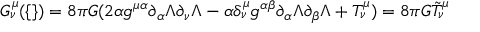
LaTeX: G _ { \nu } ^ { \mu } ( \{ \} ) = 8 \pi G ( 2 \alpha g ^ { \mu \alpha } \partial _ { \alpha } \Lambda \partial _ { \nu } \Lambda - \alpha \delta _ { \nu } ^ { \mu } g ^ { \alpha \beta } \partial _ { \alpha } \Lambda \partial _ { \beta } \Lambda + T _ { \nu } ^ { \mu } ) = 8 \pi G \tilde { T } _ { \nu } ^ { \mu }